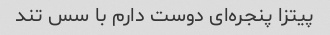
پیتزا پنجره‌ای دوست دارم با سس تند